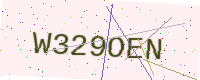
Text: W329OEN